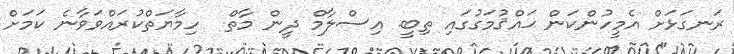
ރަނގަޅަށް އެމީހުންކަން ޙައްޤުމަގުގައި ތިބީ. އިސްލާމް ދީން މާތް  ހިމާޔަތްކުރައްވަވާނެ ކަމަށް